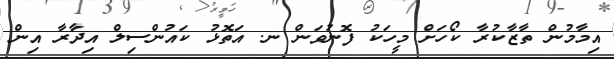
އިމާމުން ތާޒާކުރާ ކޯހަށް މީހަކު ފޮނުވަން ނ. އަތޮޅު ކައުންސިލް އިދާރާ އިން